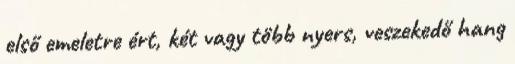
első emeletre ért, két vagy több nyers, veszekedő hang